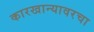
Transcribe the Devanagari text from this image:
कारखान्यावरचा